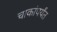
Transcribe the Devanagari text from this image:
चाकांपर्यंत